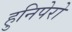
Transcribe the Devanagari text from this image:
हुनिपेरो